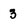
Character: 3